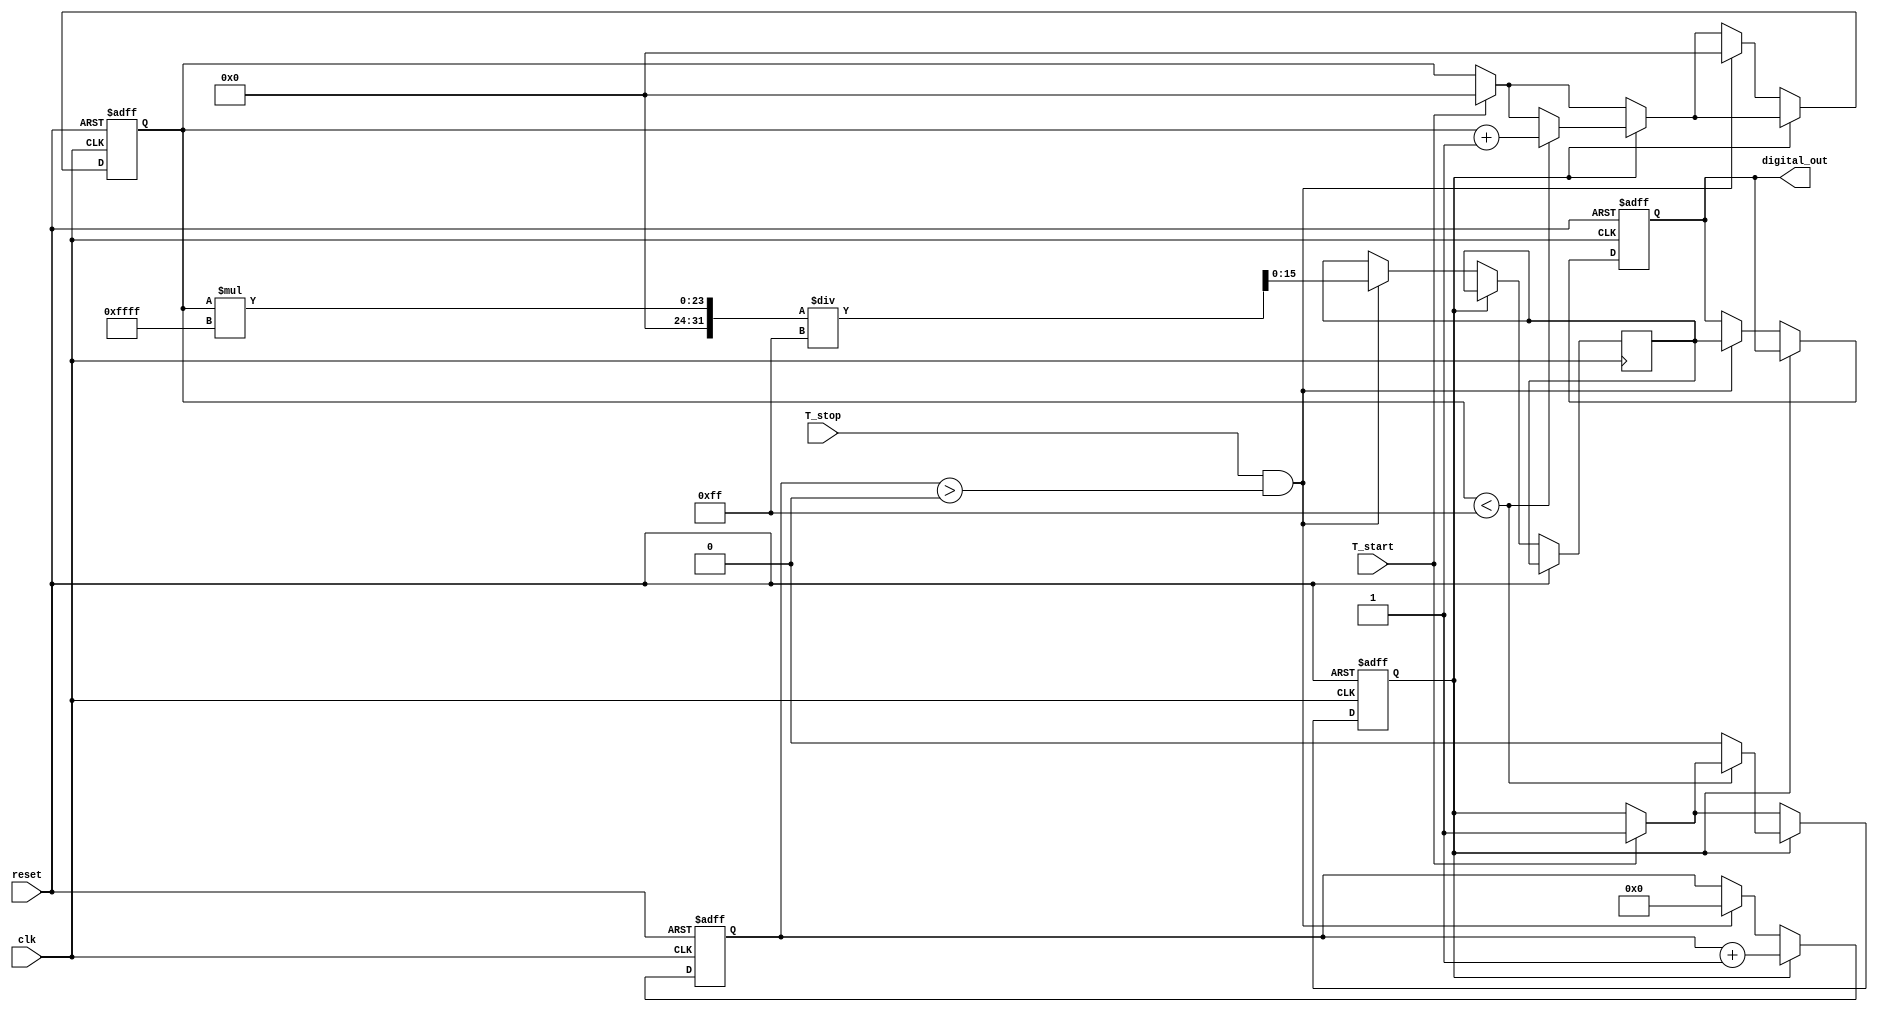
module TimeToDigitalConverter (
    input wire clk,              // High-frequency clock
    input wire reset,            // Reset signal
    input wire T_start,          // Start signal
    input wire T_stop,           // Stop signal
    output reg [15:0] digital_out // Output register (16-bit for digital representation)
);
    // Parameters for the timing resolution
    parameter RAMP_MAX = 255;   // Example max ramp voltage (for 8-bit resolution)
    parameter ADC_MAX = 65535;  // ADC max output for 16-bit resolution
    
    // Internal signals
    reg [7:0] ramp_value;        // Ramp voltage (8-bit for simplicity)
    reg ramping;                 // Ramp control signal
    reg [31:0] sample_count;     // Count cycles for ADC sampling
    reg [15:0] adc_output;       // Simulated ADC output
    
    // Initial setup
    initial begin
        ramp_value = 0;
        digital_out = 0;
        ramping = 0;
        sample_count = 0;
    end

    // State Machine for TDC (Start ramp on T_start, stop on T_stop)
    always @(posedge clk or posedge reset) begin
        if (reset) begin
            ramp_value <= 0;
            digital_out <= 0;
            ramping <= 0;
            sample_count <= 0;
        end else begin
            if (T_start) begin
                ramp_value <= 0;        // Reset ramp value
                ramping <= 1;           // Start ramping
            end
            
            if (ramping) begin
                // Increase ramp value (simulate ramp voltage)
                if (ramp_value < RAMP_MAX) begin
                    ramp_value <= ramp_value + 1; // Increase ramp voltage
                end else begin
                    ramping <= 0;                  // Stop ramping condition
                end
            end
            
            // Sample the ramp value at each clock cycle
            if (ramping) begin
                sample_count <= sample_count + 1;
            end else if (T_stop && sample_count > 0) begin
                // Simulate ADC conversion when T_stop is high
                adc_output <= (ramp_value * ADC_MAX) / RAMP_MAX; // Scale the ramp voltage to ADC range
                digital_out <= adc_output; // Output the digital value
                ramp_value <= 0;             // Reset ramp for the next measurement
                sample_count <= 0;           // Reset sample count
            end
        end
    end
endmodule